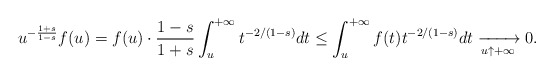
\begin{align*}u^{-\frac{1+s}{1-s}}f(u)= f(u)\cdot\frac{1-s}{1+s}\int_u^{+\infty}t^{-2/(1-s)}dt\leq \int_u^{+\infty}f(t)t^{-2/(1-s)}dt\xrightarrow[u\uparrow+\infty]{}0.\end{align*}